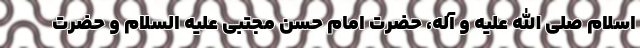
اسلام صلی الله علیه و آله، حضرت امام حسن مجتبی علیه السلام و حضرت